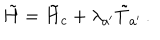
\tilde { H } = \tilde { H } _ { c } + \lambda _ { a ^ { \prime } } \tilde { T } _ { a ^ { \prime } } \, .